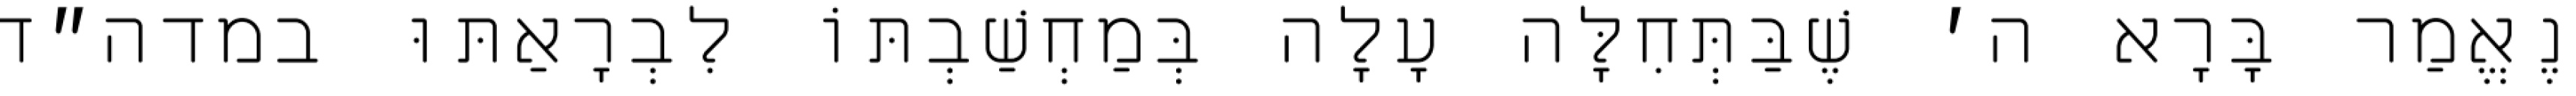
נֶאֱמַר בָּרָא ה׳ שֶׁבַּתְּחִלָּה עָלָה בְּמַחְשַׁבְתּוֹ לִבְרָאַתּוּ במדה״ד